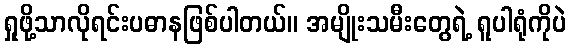
ရှုဖို့သာလိုရင်းပဓာနဖြစ်ပါတယ်။ အမျိုးသမီးတွေရဲ့ ရူပါရုံကိုပဲ